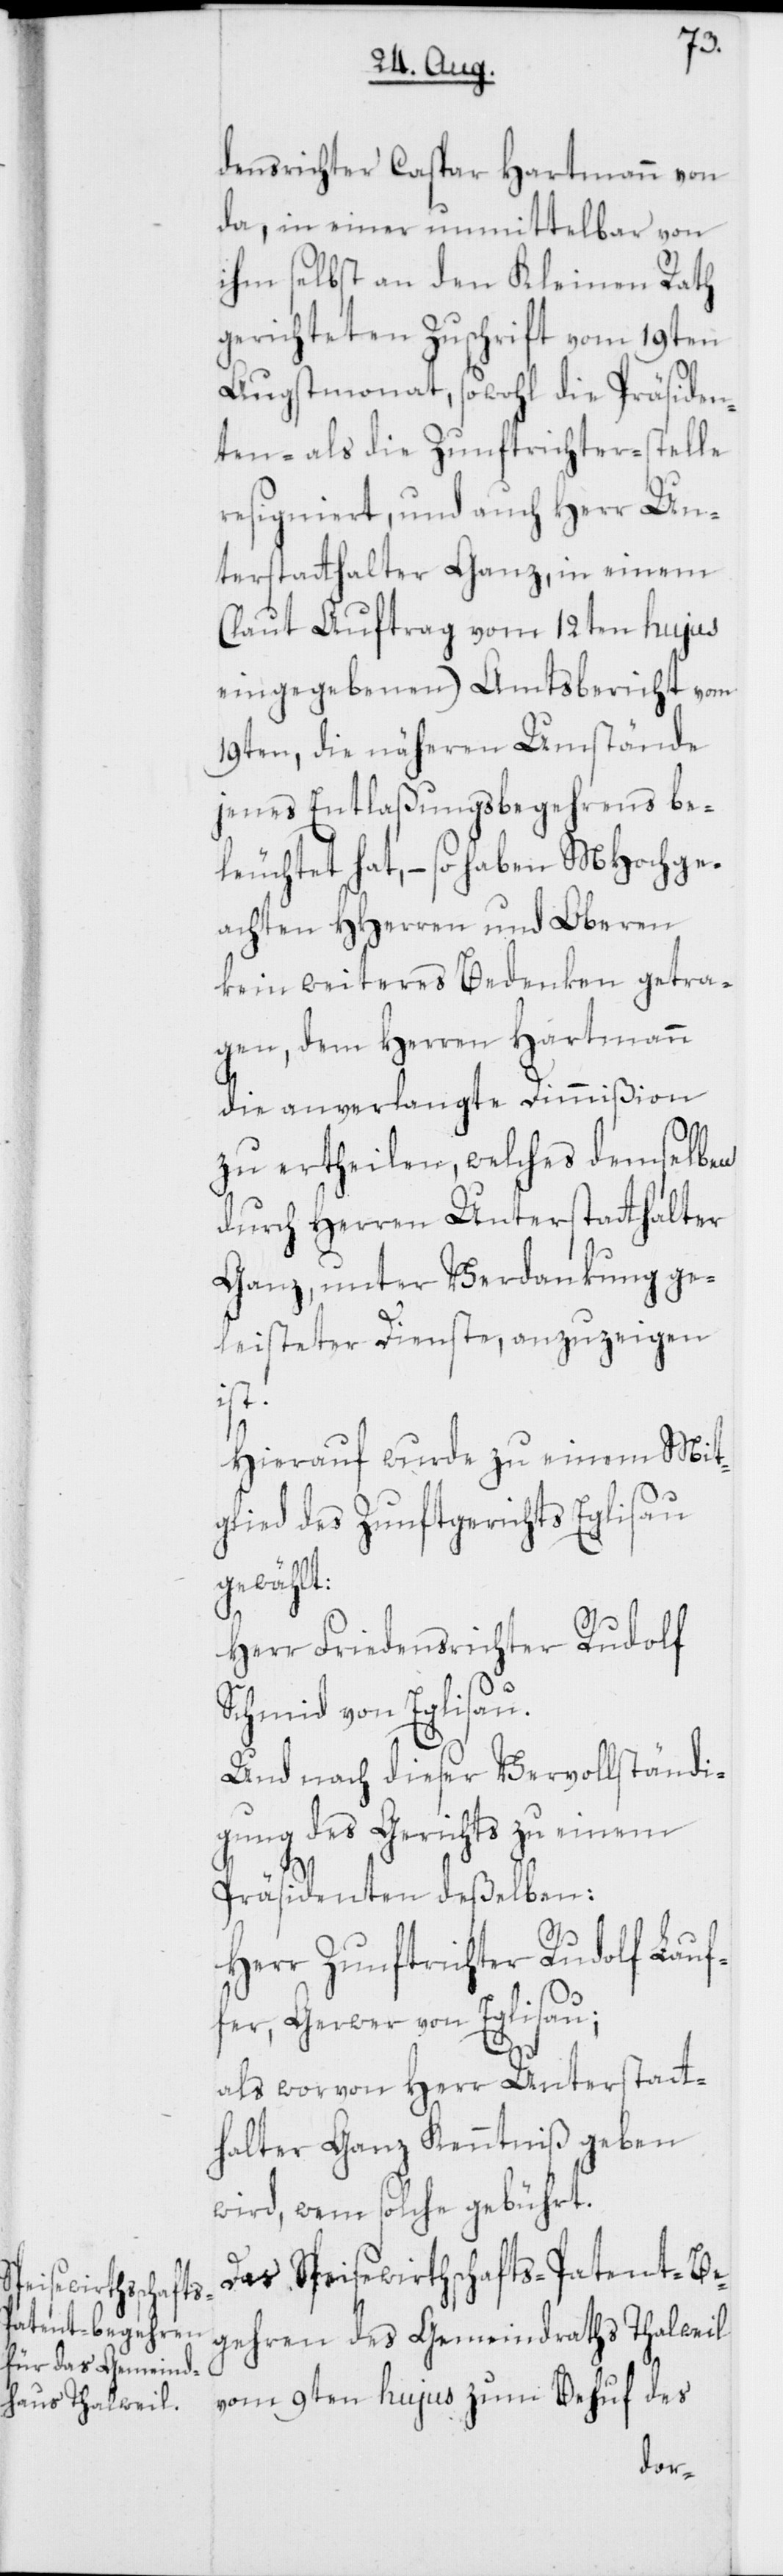
densrichter Caspar Hartmann von
da, in einer unmittelbar von
ihm selbst an den Kleinen Rath
gerichteten Zuschrift vom 19ten
Augstmonat, sowohl die Präsiden¬
ten- als die Zunftrichter-stelle
resigniert, und auch Herr Un¬
terstatthalter Ganz, in einem
(laut Auftrag vom 12ten hujus
eingegebenen) Amtsbericht vom
19ten, die näheren Umstände
jenes Entlaßungsbegehrens be¬
leuchtet hat, – so haben MHochge¬
achten HHerren und Oberen,
kein weiteres Bedenken getra¬
gen, dem Herren Hartmann
die anverlangte Dimmißion
zu ertheilen, welches demselben
durch Herren Unterstatthalter
Ganz, unter Verdankung ge¬
leisteter Dienste, anzuzeigen
ist.
Hierauf wurde zu einem Mit¬
glied des Zunftgerichts Eglisau
gewählt:
Herr Friedensrichter Rudolf
Schmid von Eglisau.
Und nach dieser Vervollständi¬
gung des Gerichts zu einem
Präsidenten deßelben:
Herr Zunftrichter Rudolf Lauf¬
fer, Gerwer von Eglisau;
als worvon Herr Unterstatt¬
halter Ganz Kenntniß geben
wird, wem solche gebührt.
Das Speisewirthschafts-Patent-Be¬
gehren des Gemeindraths Thalweil
vom 9ten hujus zum Behuf des